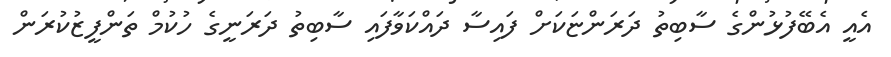
އެއީ އެބޭފުޅުންގެ ސާބިތު ދަރަންޏަކަށް ފައިސާ ދައްކަވާފައި ސާބިތު ދަރަނީގެ ހުކުމް ތަންފީޒުކުރަން